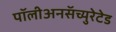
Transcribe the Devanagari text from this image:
पॉलीअनसॅच्युरेटेड